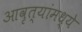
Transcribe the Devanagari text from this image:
आवृत्यांमध्ये